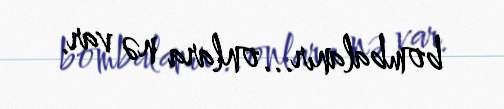
bombalanır...onlara nə var.